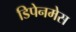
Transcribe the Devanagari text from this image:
डिपेनमेस